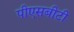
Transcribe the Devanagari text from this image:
पीएसबीटी